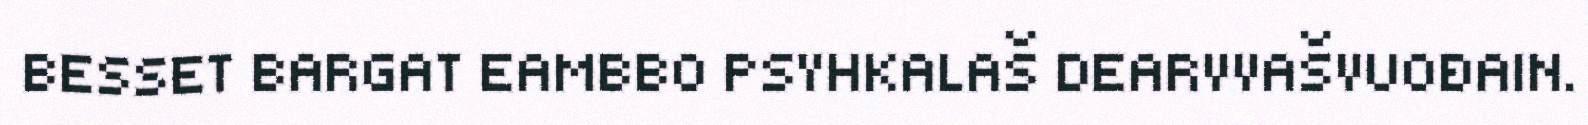
BESSET BARGAT EAMBBO PSYHKALAŠ DEARVVAŠVUOĐAIN.